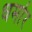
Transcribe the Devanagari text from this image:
धर्मार